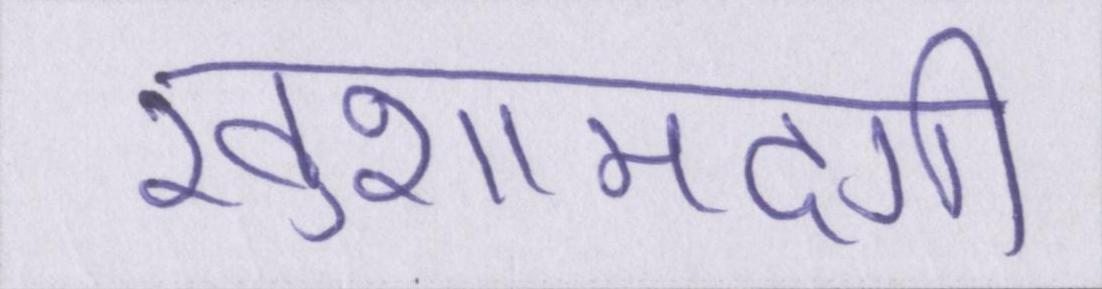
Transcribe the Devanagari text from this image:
खुशामदगी